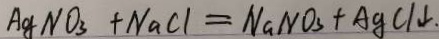
A g N O _ { 3 } + N a C l = N a N O _ { 3 } + A g C l \downarrow .